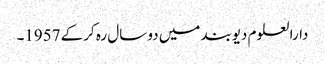
دارالعلوم دیوبند میں دو سال رہ کرکے 1957۔